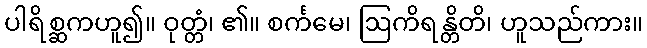
ပါရိစ္ဆကဟူ၍။ ဝုတ္တံ၊ ၏။ စင်္ကမေ၊ ဩကိရန္တိတိ၊ ဟူသည်ကား။